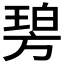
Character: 𣄋